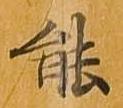
能